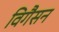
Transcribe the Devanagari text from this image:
विगैसन